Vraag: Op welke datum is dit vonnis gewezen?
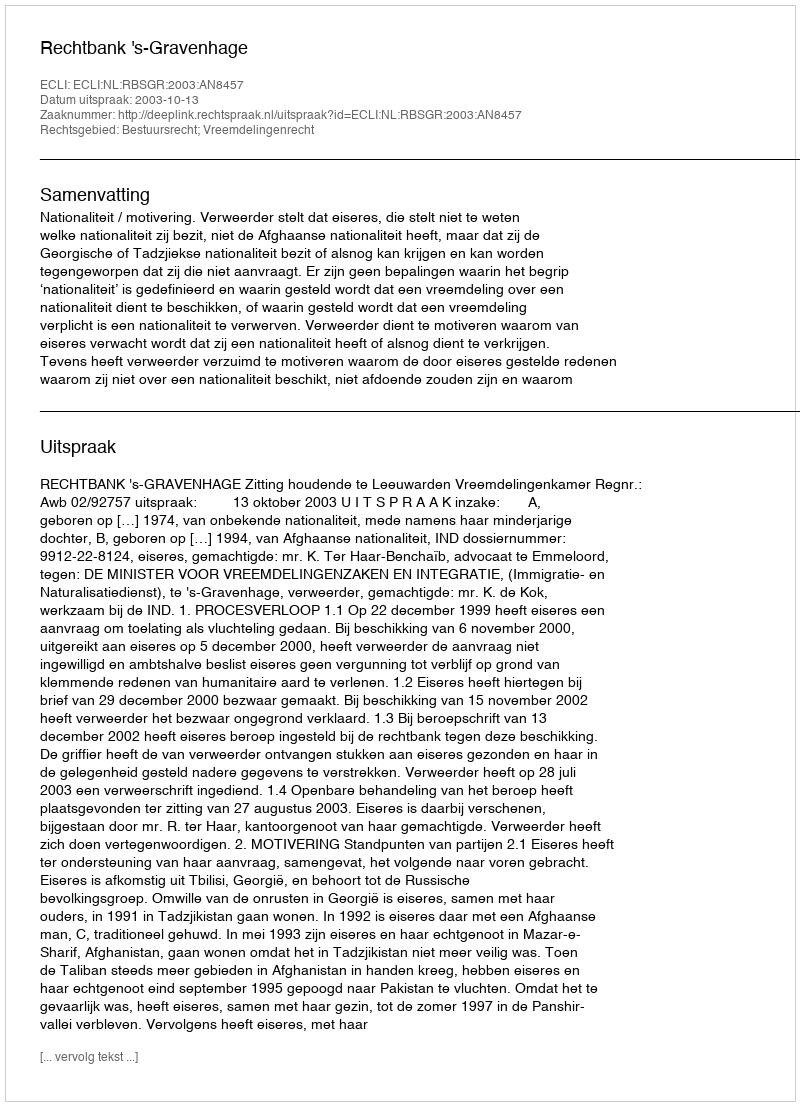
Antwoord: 2003-10-13